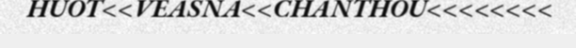
HUOT<<VEASNA<<CHANTHOU<<<<<<<<